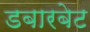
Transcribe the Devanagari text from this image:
डबारबेट